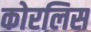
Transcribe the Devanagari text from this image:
कोरलिस